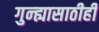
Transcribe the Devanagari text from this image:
गुन्ह्यासाठीही